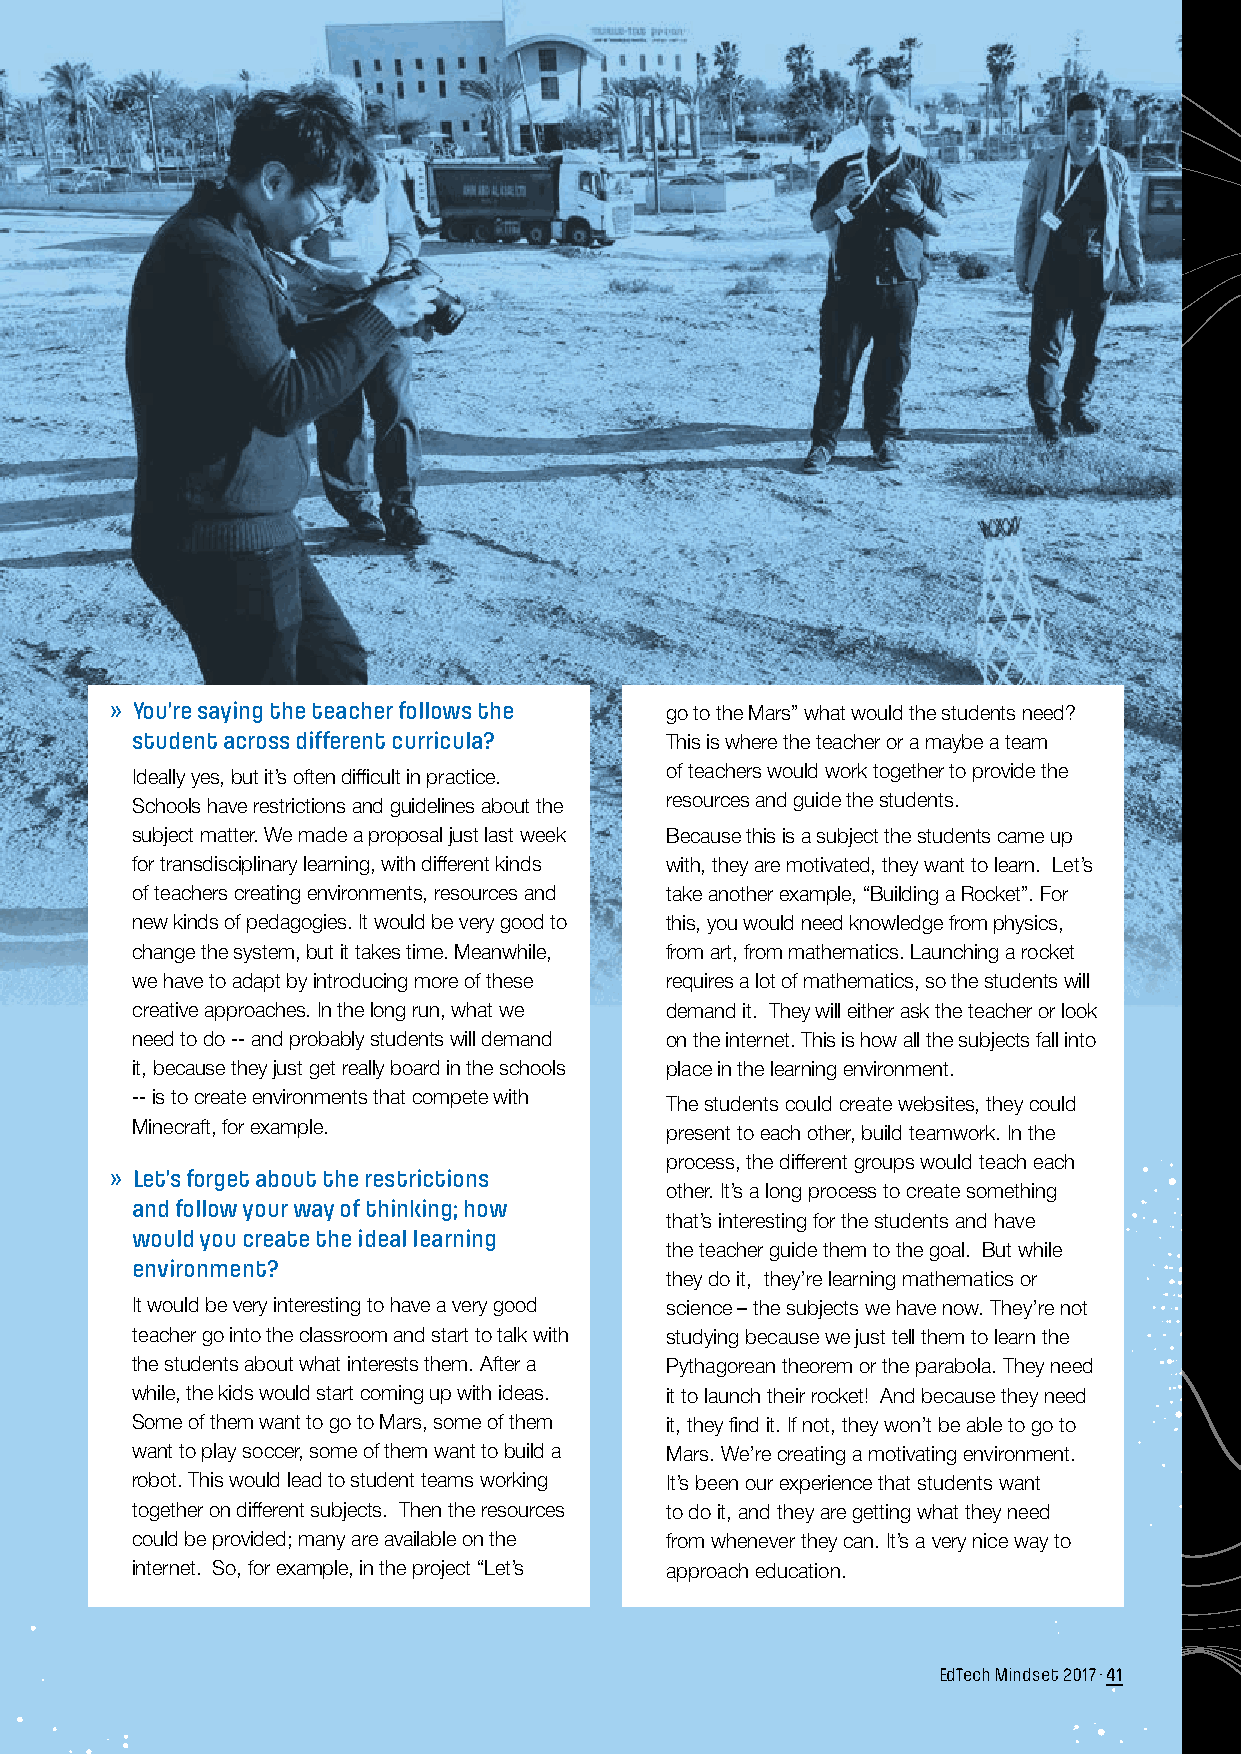
» You’re saying the teacher follows the go to the Mars” what would the students need?
 student across different curricula? This is where the teacher or a maybe a team
 Ideally yes, but it’s often difficult in practice. of teachers would work together to provide the
 Schools have restrictions and guidelines about the resources and guide the students.
 subject matter. We made a proposal just last week Because this is a subject the students came up
 for transdisciplinary learning, with different kinds with, they are motivated, they want to learn. Let’s
 of teachers creating environments, resources and take another example, “Building a Rocket”. For
 new kinds of pedagogies. It would be very good to this, you would need knowledge from physics,
 change the system, but it takes time. Meanwhile, from art, from mathematics. Launching a rocket
 we have to adapt by introducing more of these requires a lot of mathematics, so the students will
 creative approaches. In the long run, what we demand it. They will either ask the teacher or look
 need to do -- and probably students will demand on the internet. This is how all the subjects fall into
 it, because they just get really board in the schools place in the learning environment.
 -- is to create environments that compete with
 The students could create websites, they could
 Minecraft, for example.
 present to each other, build teamwork. In the
 process, the different groups would teach each
 » Let’s forget about the restrictions
 other. It’s a long process to create something
 and follow your way of thinking; how
 that’s interesting for the students and have
 would you create the ideal learning
 the teacher guide them to the goal. But while
 environment?
 they do it, they’re learning mathematics or
 It would be very interesting to have a very good science – the subjects we have now. They’re not
 teacher go into the classroom and start to talk with studying because we just tell them to learn the
 the students about what interests them. After a Pythagorean theorem or the parabola. They need
 while, the kids would start coming up with ideas. it to launch their rocket! And because they need
 Some of them want to go to Mars, some of them it, they find it. If not, they won’t be able to go to
 want to play soccer, some of them want to build a Mars. We’re creating a motivating environment.
 robot. This would lead to student teams working It’s been our experience that students want
 together on different subjects. Then the resources to do it, and they are getting what they need
 could be provided; many are available on the from whenever they can. It’s a very nice way to
 internet. So, for example, in the project “Let’s approach education.
 EdTech Mindset 2017 · 41